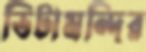
ভিটামন্দির